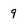
Character: 9